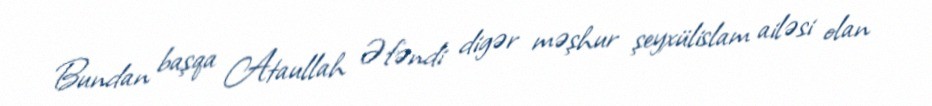
Bundan başqa Ataullah Əfəndi digər məşhur şeyxülislam ailəsi olan